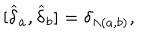
LaTeX: \lbrack \widehat { \delta } _ { a } , \widehat { \delta } _ { b } ] = \delta _ { \Lambda ( a , b ) } ,